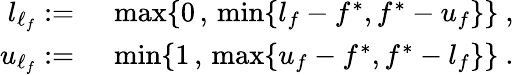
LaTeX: \begin{array}{rl}{l_{\ell_{f}}:=}&{~\operatorname*{max}\{ 0\, ,\, \operatorname*{min}\{ l_{f}-f^{*},f^{*}-u_{f}\} \} ~,}\\ {u_{\ell_{f}}:=}&{~\operatorname*{min}\{ 1\, ,\, \operatorname*{max}\{ u_{f}-f^{*},f^{*}-l_{f}\} \} ~.}\end{array}